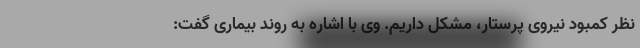
نظر کمبود نیروی پرستار، مشکل داریم. وی با اشاره به روند بیماری گفت: